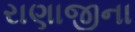
રાણાજીના